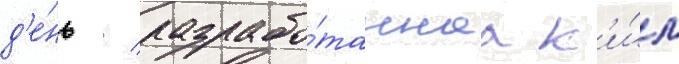
д'е́нь / разрабо́таннаа к'и́м